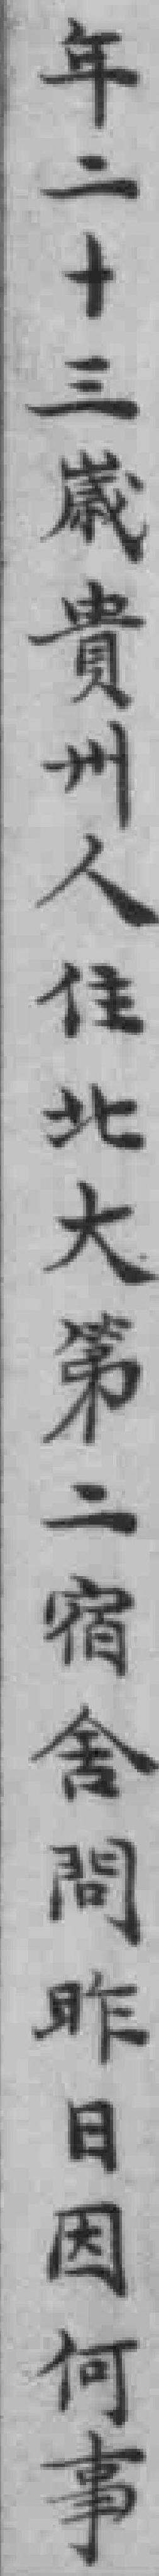
年二十三威贵州人住北大第二宿舍問昨日因何事